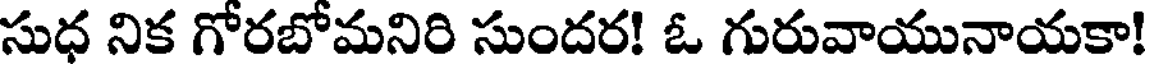
సుధ నిక గోరబోమనిరి సుందర! ఓ గురువాయునాయకా!